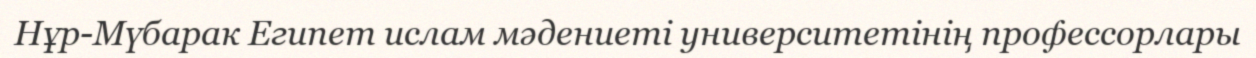
Нұр-Мүбарак Египет ислам мәдениеті университетінің профессорлары